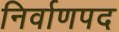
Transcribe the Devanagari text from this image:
निर्वाणपद